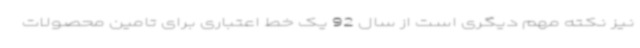
نیز نکته مهم دیگری است از سال 92 یک خط اعتباری برای تامین محصولات